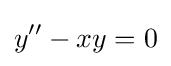
y''-xy=0